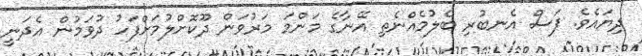
ދިޔައެވެ. ފަސް އެނބުރި ބެލުމެއްނެތި އޭނާގެ މަންމަ މަރުވަން ދޫކޮށްލުމަށްފަހު ދުވަމުން އެދަނީ